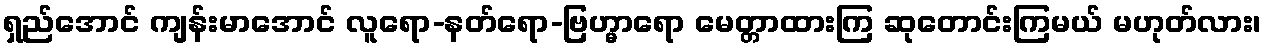
ရှည်အောင် ကျန်းမာအောင် လူရော-နတ်ရော-ဗြဟ္မာရော မေတ္တာထားကြ ဆုတောင်းကြမယ် မဟုတ်လား၊